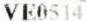
VE0514